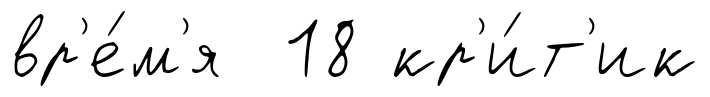
вр'е́м'я 18 кр'и́т'ик